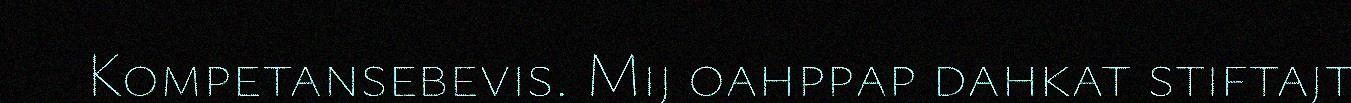
Kompetansebevis. Mij oahppap dahkat stiftajt